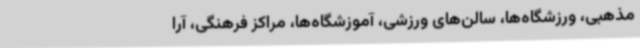
مذهبی، ورزشگاه‌ها، سالن‌های ورزشی، آموزشگاه‌ها، مراکز فرهنگی، آرا